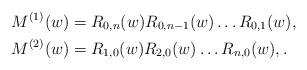
LaTeX: \begin{align*}&M^{(1)}(w)=R_{0,n}(w) R_{0,n-1}(w)\dots R_{0,1}(w), \\&M^{(2)}(w)=R_{1,0}(w) R_{2,0}(w)\dots R_{n,0}(w), .\end{align*}